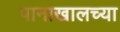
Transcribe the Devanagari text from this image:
पानाखालच्या